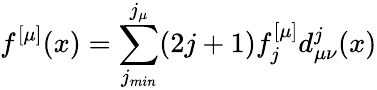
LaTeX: f^{[\mu]}(x)=\sum_{j_{min}}^{j_{\mu}}(2j+1)f_{j}^{[\mu]}d_{\mu\nu}^{j}(x)